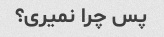
پس چرا نمیری؟